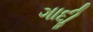
ગાદીૢ